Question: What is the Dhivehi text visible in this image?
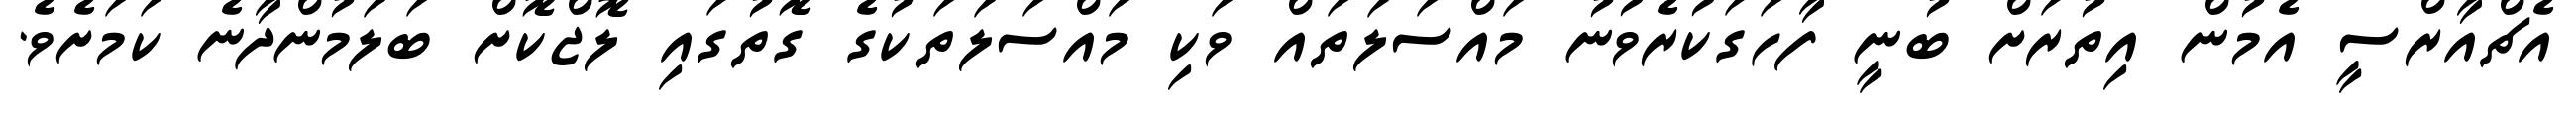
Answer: އެޗްއާރްސީ އެމުން އިތުރަށް ބުނީ ފާހަގަކުރެވުނު މައްސަލަތައް ވަކި މައްސަލަތަކުގެ ގޮތުގައި ލޮޖްކޮށް ބަލަމުންދާނެ ކަމަށެވެ.